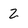
Character: 2